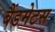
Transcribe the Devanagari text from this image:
बैंडमेटस